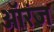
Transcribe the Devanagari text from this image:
ऑरंज